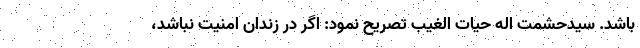
باشد. سیدحشمت اله حیات الغیب تصریح نمود: اگر در زندان امنیت نباشد،